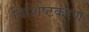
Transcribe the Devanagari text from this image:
विशिष्टकरण